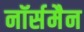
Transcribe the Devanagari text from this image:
नॉर्समैन